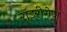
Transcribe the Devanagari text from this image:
रॉडरीगेज़